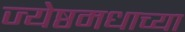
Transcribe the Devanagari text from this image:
ज्येष्ठमधाच्या